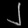
Digit: ၂